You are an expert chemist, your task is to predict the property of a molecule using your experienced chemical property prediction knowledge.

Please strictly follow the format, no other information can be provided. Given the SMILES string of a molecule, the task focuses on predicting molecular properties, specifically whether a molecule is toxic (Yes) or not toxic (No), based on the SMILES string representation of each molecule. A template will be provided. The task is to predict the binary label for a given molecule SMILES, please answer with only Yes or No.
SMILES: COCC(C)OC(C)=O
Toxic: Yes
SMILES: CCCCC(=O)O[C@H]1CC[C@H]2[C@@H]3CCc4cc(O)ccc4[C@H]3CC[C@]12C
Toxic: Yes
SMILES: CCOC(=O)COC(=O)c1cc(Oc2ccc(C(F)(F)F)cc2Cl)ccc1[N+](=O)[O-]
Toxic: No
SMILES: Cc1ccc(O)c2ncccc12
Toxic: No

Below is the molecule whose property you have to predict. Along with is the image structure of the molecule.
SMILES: CO[C@@]1(NC(=O)C2SC(=C(C(N)=O)C(=O)O)S2)C(=O)N2C(C(=O)O)=C(CSc3nnnn3C)CS[C@@H]21
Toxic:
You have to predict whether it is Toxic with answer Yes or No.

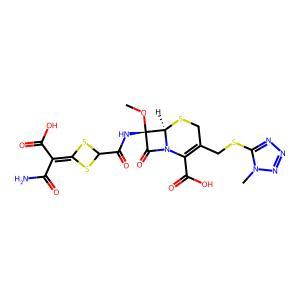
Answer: No